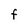
Character: F